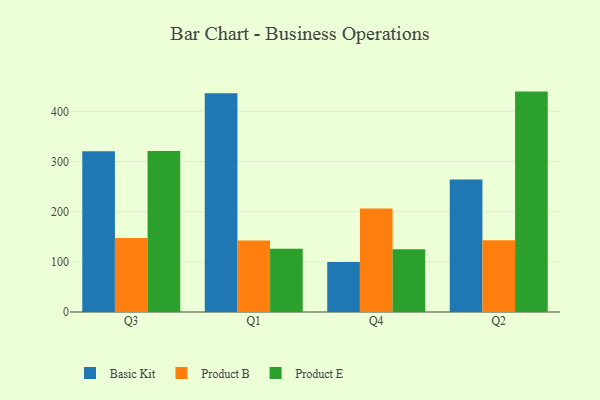
{"axis": {"x": "Quarter", "y": "Website Visitors"}, "legend": ["Basic Kit", "Product B", "Product E"], "data": [{"x": "Q3", "y": 320.8, "type": "Basic Kit"}, {"x": "Q3", "y": 147.6, "type": "Product B"}, {"x": "Q3", "y": 320.9, "type": "Product E"}, {"x": "Q1", "y": 436.2, "type": "Basic Kit"}, {"x": "Q1", "y": 142.5, "type": "Product B"}, {"x": "Q1", "y": 126.3, "type": "Product E"}, {"x": "Q4", "y": 99.9, "type": "Basic Kit"}, {"x": "Q4", "y": 206.4, "type": "Product B"}, {"x": "Q4", "y": 125.3, "type": "Product E"}, {"x": "Q2", "y": 264.0, "type": "Basic Kit"}, {"x": "Q2", "y": 142.9, "type": "Product B"}, {"x": "Q2", "y": 439.5, "type": "Product E"}]}